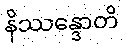
နိဿန္ဒောတိ